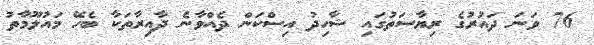
76 ވަނަ ދައުރުގެ ރިޔާސަތުގައި ޝާހިދު އިސްކަން ދެއްވާނެ ދާއިރާތަކާ ބެހޭ މައުލޫމާތު